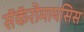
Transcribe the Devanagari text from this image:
सॅकॅरोमायसिस